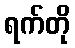
ရက်တို